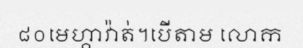
៨០មេហ្គាវ៉ាត់។បើតាម លោក